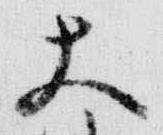
大